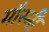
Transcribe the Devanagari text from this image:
मौस्मी